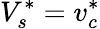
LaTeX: V_{s}^{*}=v_{c}^{*}